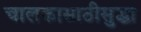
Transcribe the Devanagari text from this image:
चालकासाठीसुद्धा